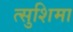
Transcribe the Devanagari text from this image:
त्सुशिमा